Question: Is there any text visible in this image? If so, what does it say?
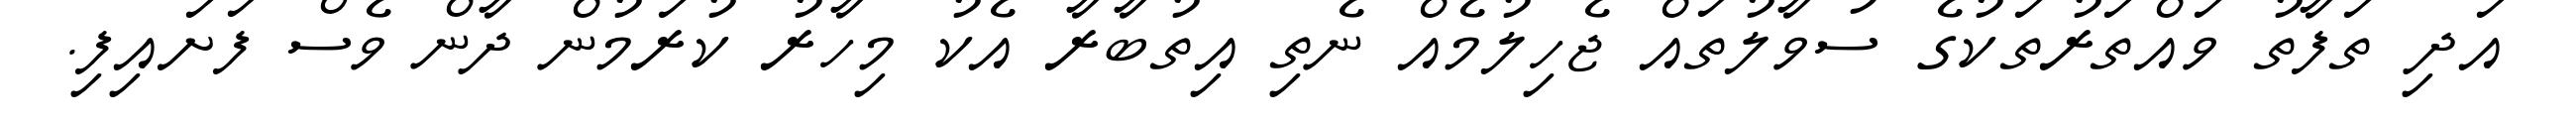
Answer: އަދި ތަފާތު ވައްތަރުތަކުގެ ސުވާލުތައް ޖެހިލުމެއް ނެތި އިތުބާރާ އެކު މިހާރު ކުރަމުން ދާން ވެސް ފަށައިފި.